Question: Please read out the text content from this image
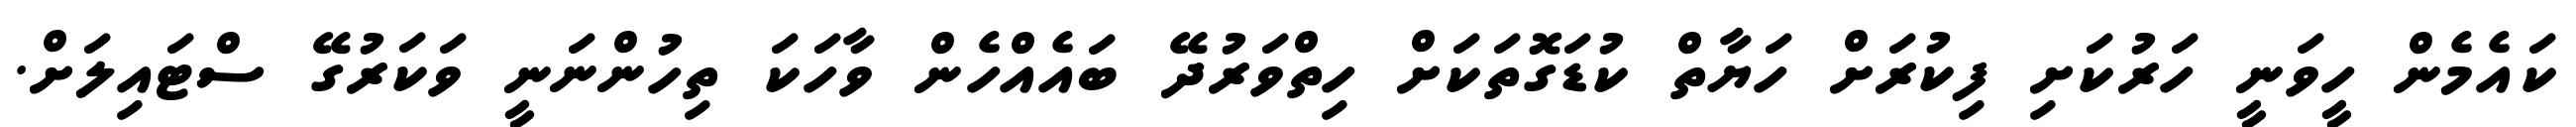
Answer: ކައެމެން ހީވަނީ ހަރުކަށި ފިކުރަށް ހަޔާތް ކުޑަގޮތަކަށް ހިތްވަރުދޭ ބައެއްހެން ވާހަކަ ތިހުންނަނީ ވަކަރުގޭ ސްޓައިލަށް.